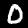
Label: 0